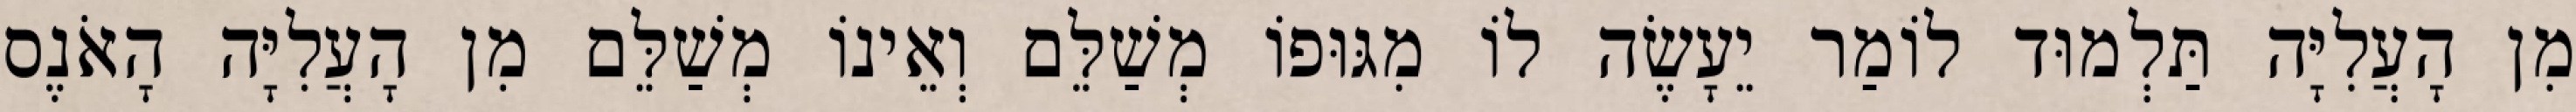
מִן הָעֲלִיָּה תַּלְמוּד לוֹמַר יֵעָשֶׂה לוֹ מִגּוּפוֹ מְשַׁלֵּם וְאֵינוֹ מְשַׁלֵּם מִן הָעֲלִיָּה הָאֹנֶס